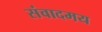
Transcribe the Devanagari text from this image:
संवादमय